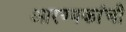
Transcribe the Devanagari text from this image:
आरण्यकांची